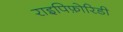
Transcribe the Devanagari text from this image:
राइपिफ़ोरिडी